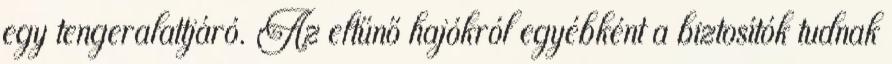
egy tengeralattjáró. Az eltűnő hajókról egyébként a biztosítók tudnak